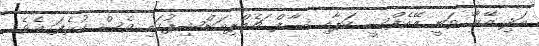
އަދި އޭނާ ވަނީ އޭއެފްސީ ކަޕާއި ސާފް ޗެމްޕިއަންޝިޕުގައި ވެސް ކުޅެފަ އެވެ.